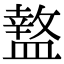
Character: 盩